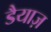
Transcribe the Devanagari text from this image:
डैयाज़